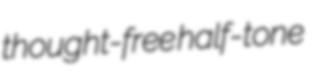
thought-free half-tone